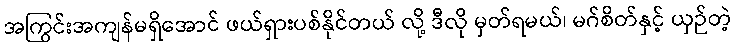
အကြွင်းအကျန်မရှိအောင် ဖယ်ရှားပစ်နိုင်တယ် လို့ ဒီလို မှတ်ရမယ်၊ မဂ်စိတ်နှင့် ယှဉ်တဲ့